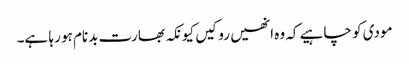
مودی کو چاہیے کہ وہ انھیں روکیں کیونکہ بھارت بدنام ہو رہا ہے۔